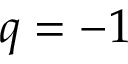
q = - 1